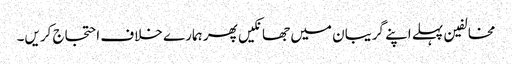
مخالفین پہلے اپنے گریبان میں جھانکیں پھر ہمارے خلاف احتجاج کریں۔